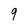
Character: 9